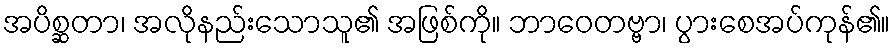
အပိစ္ဆတာ၊ အလိုနည်းသောသူ၏ အဖြစ်ကို။ ဘာဝေတဗ္ဗာ၊ ပွားစေအပ်ကုန်၏။